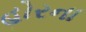
હોરના